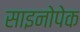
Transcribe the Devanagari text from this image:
साइनोपेक